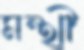
মন্থী